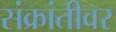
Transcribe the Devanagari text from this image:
संक्रांतीवर